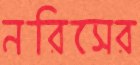
নরিসের